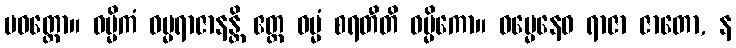
ပဝတ္တော။ ဓမ္မိကံ ဓမ္မရာဇာနန္တိ ဧတ္ထ ဓမ္မံ စရတီတိ ဓမ္မိကော။ ဓမ္မေနေဝ ရာဇာ ဇာတော, န